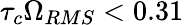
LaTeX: \tau_{c}\Omega_{RMS}<0.31